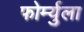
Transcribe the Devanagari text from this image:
फोर्म्युला